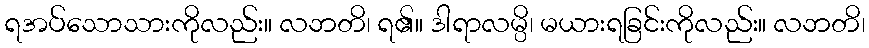
ရအပ်သောသားကိုလည်း။ လဘတိ၊ ရ၏။ ဒါရာလမ္ပိ၊ မယားရခြင်းကိုလည်း။ လဘတိ၊